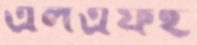
এলএফই